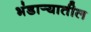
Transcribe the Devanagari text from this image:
भंडार्‍यातील